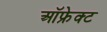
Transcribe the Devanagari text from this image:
ऑफ्रेक्ट